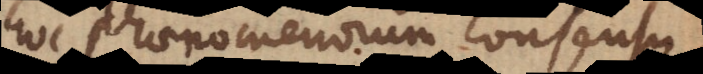
hoc phaenomenorum consensu